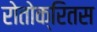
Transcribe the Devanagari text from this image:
रोतोक्रितस